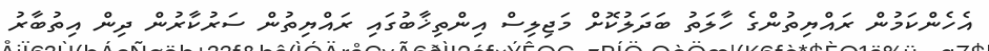
އެހެންކަމުން ރައްޔިތުންގެ ހާލަތު ބަދަލުކޮށް މަޖިލިސް އިންތިޚާބުގައި ރައްޔިތުން ސަރުކާރުން ދިން އިތުބާރު